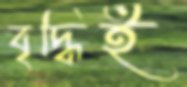
বৃদ্ধিই